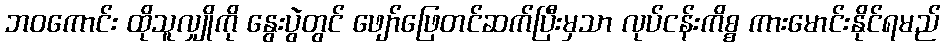
ဘဝကောင်း ထိုသူလျှိုကို နွေးပွဲတွင် ဖျော်ဖြေတင်ဆက်ပြီးမှသာ လုပ်ငန်းကိစ္စ ကားမောင်းနိုင်ရမည်